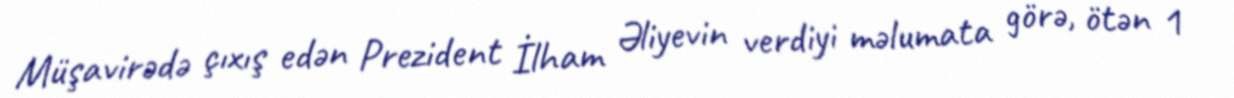
Müşavirədə çıxış edən Prezident İlham Əliyevin verdiyi məlumata görə, ötən 1